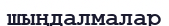
шыңдалмалар